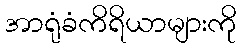
အာရုံခံကိရိယာများကို